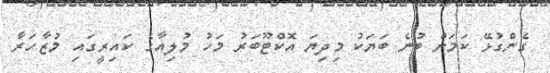
ގެންގުޅޭ ކަމަށް ބުނެ ބަޔަކު މިދިޔަ އޮކްޓޫބަރު މަހު މުލިއާގެ ކައިރީގައި މުޒާހަރާ